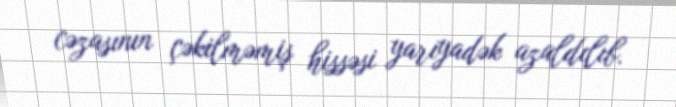
cəzasının çəkilməmiş hissəsi yarıyadək azaldılıb.